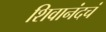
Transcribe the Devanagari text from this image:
शिवानंदचं